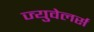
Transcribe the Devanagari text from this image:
ज्युवेलर्स